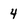
Character: 4